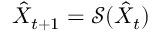
\hat { X } _ { t + 1 } = \mathcal { S } ( \hat { X } _ { t } )